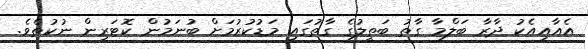
އެއާއިއެކު ދާރާ ބަލްމާ ގާތު ބަތީލުގެ ގާތުގައި މަޑުކުރުމަށް ބުނަމުން ކޮޓަރިން ނުކުތެވެ.